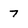
Character: 7